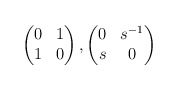
\begin{align*} \begin{pmatrix} 0 & 1 \\ 1 & 0 \end{pmatrix}, \begin{pmatrix} 0 & s^{-1} \\ s & 0 \end{pmatrix}\end{align*}